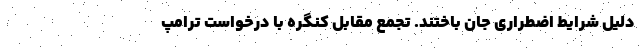
دلیل شرایط اضطراری جان باختند. تجمع مقابل کنگره با درخواست ترامپ